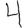
Digit: 4